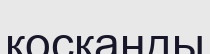
қосқанды